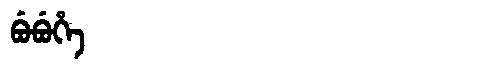
Manchu: ᠪᡠᠪᡠᡥᡝ
Romanization: BUBUHE